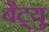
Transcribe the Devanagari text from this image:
बैट्यु